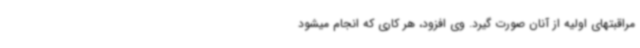
مراقبتهای اولیه از آنان صورت گیرد. وی افزود، هر کاری که انجام میشود